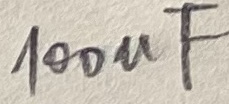
Text: 100uF